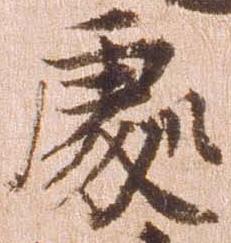
処